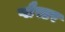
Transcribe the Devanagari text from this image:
प्लैस्टर